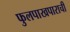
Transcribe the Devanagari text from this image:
फुलपाखपाराची